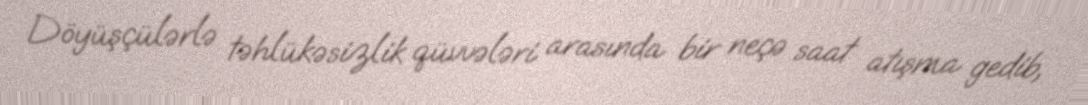
Döyüşçülərlə təhlükəsizlik qüvvələri arasında bir neçə saat atışma gedib,